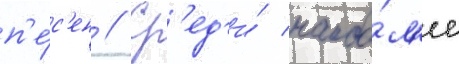
п'е́с'ен // Ср'ед'и́ наибо́л'ее